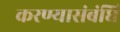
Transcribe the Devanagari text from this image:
करण्यासंबंधि